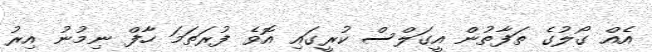
އެއް ގޯލުގެ ތަފާތުން އީގަލްސް ކުރީގައި އޮވެ ފުރަތަމަ ހާފް ނިމުނު އިރު